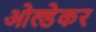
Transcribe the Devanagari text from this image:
ओल्डेकर